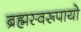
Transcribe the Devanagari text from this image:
ब्रह्मस्वरूपायो